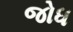
જોધ